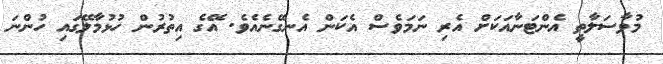
މުވާސަލާތީ އެންޓަނާއަކަށް އެރި ނަމަވެސް އެކަން އެނގޭނެއެވެ. އޭގެ އިތުރުން ހުޅުމާލޭގައި ހުންނަ